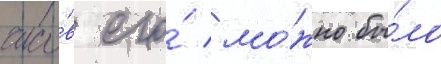
часо́в его́ мо́жно бы́ло